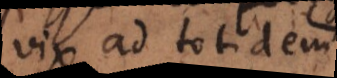
vix ad totide